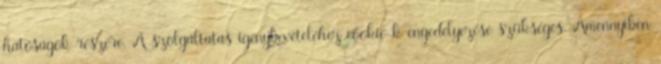
hatóságok részére. A szolgáltatás igénybevételéhez cookie-k engedélyezése szükséges. Amennyiben